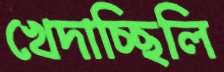
খেদাচ্ছিলি